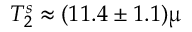
T _ { 2 } ^ { s } \approx ( 1 1 . 4 \pm 1 . 1 ) \upmu